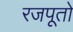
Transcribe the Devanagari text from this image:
रजपूतो